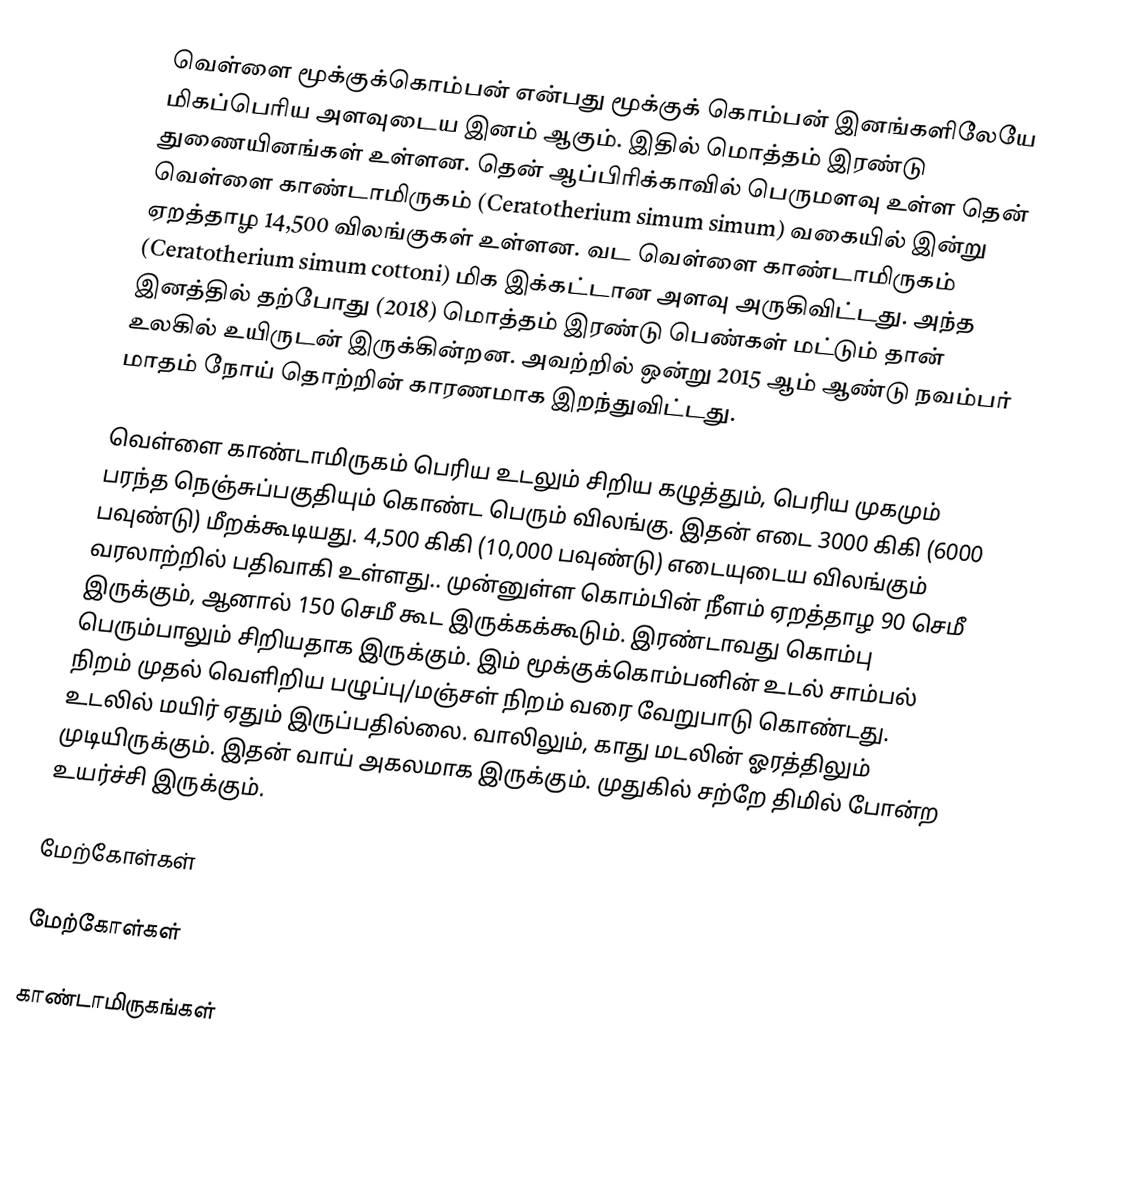
வெள்ளை மூக்குக்கொம்பன் என்பது மூக்குக் கொம்பன் இனங்களிலேயே மிகப்பெரிய அளவுடைய இனம் ஆகும். இதில் மொத்தம் இரண்டு துணையினங்கள் உள்ளன. தென் ஆப்பிரிக்காவில் பெருமளவு உள்ள தென் வெள்ளை காண்டாமிருகம் (Ceratotherium simum simum) வகையில் இன்று ஏறத்தாழ 14,500 விலங்குகள் உள்ளன. வட வெள்ளை காண்டாமிருகம் (Ceratotherium simum cottoni) மிக இக்கட்டான அளவு அருகிவிட்டது. அந்த இனத்தில் தற்போது (2018) மொத்தம் இரண்டு பெண்கள் மட்டும் தான் உலகில் உயிருடன் இருக்கின்றன. அவற்றில் ஒன்று 2015 ஆம் ஆண்டு நவம்பர் மாதம் நோய் தொற்றின் காரணமாக இறந்துவிட்டது.

வெள்ளை காண்டாமிருகம் பெரிய உடலும் சிறிய கழுத்தும், பெரிய முகமும் பரந்த நெஞ்சுப்பகுதியும் கொண்ட பெரும் விலங்கு. இதன் எடை 3000 கிகி (6000 பவுண்டு) மீறக்கூடியது. 4,500 கிகி (10,000 பவுண்டு) எடையுடைய விலங்கும் வரலாற்றில் பதிவாகி உள்ளது.. முன்னுள்ள கொம்பின் நீளம் ஏறத்தாழ 90 செமீ இருக்கும், ஆனால் 150 செமீ கூட இருக்கக்கூடும். இரண்டாவது கொம்பு பெரும்பாலும் சிறியதாக இருக்கும். இம் மூக்குக்கொம்பனின் உடல் சாம்பல் நிறம் முதல் வெளிறிய பழுப்பு/மஞ்சள் நிறம் வரை வேறுபாடு கொண்டது. உடலில் மயிர் ஏதும் இருப்பதில்லை. வாலிலும், காது மடலின் ஓரத்திலும் முடியிருக்கும். இதன் வாய் அகலமாக இருக்கும். முதுகில் சற்றே திமில் போன்ற உயர்ச்சி இருக்கும்.

மேற்கோள்கள்

மேற்கோள்கள்

காண்டாமிருகங்கள்